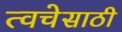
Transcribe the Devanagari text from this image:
त्वचेसाठी